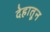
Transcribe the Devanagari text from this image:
देहातून